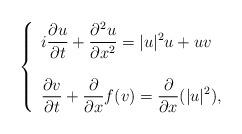
LaTeX: \begin{align*} \left\{\begin{array}{llll}\displaystyle i\frac{\partial u}{\partial t}+\frac{\partial^2 u}{\partial x^2}=|u|^2u+uv\\\\\displaystyle\frac{\partial v}{\partial t}+\frac{\partial }{\partial x}f(v)=\frac{\partial }{\partial x}(|u|^2), \end{array}\right.\end{align*}